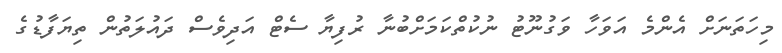
މިހަަތަނަށް އެންމެ އަވަހާ ވަގުނޫޓު ނުކުތްކަމަށްބުނާ ރުފިޔާ ސެޓް އަދިވެސް ދައުލަތުން ތިޔަފާޑުގެ